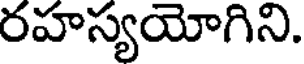
రహస్యయోగిని.